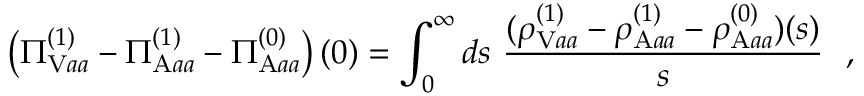
\left( \Pi _ { \mathrm { V } a a } ^ { ( 1 ) } - \Pi _ { \mathrm { A } a a } ^ { ( 1 ) } - \Pi _ { \mathrm { A } a a } ^ { ( 0 ) } \right) ( 0 ) = \int _ { 0 } ^ { \infty } d s ~ { \frac { ( \rho _ { \mathrm { V } a a } ^ { ( 1 ) } - \rho _ { \mathrm { A } a a } ^ { ( 1 ) } - \rho _ { \mathrm { A } a a } ^ { ( 0 ) } ) ( s ) } { s } } \ \ ,